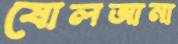
ষোলআনা